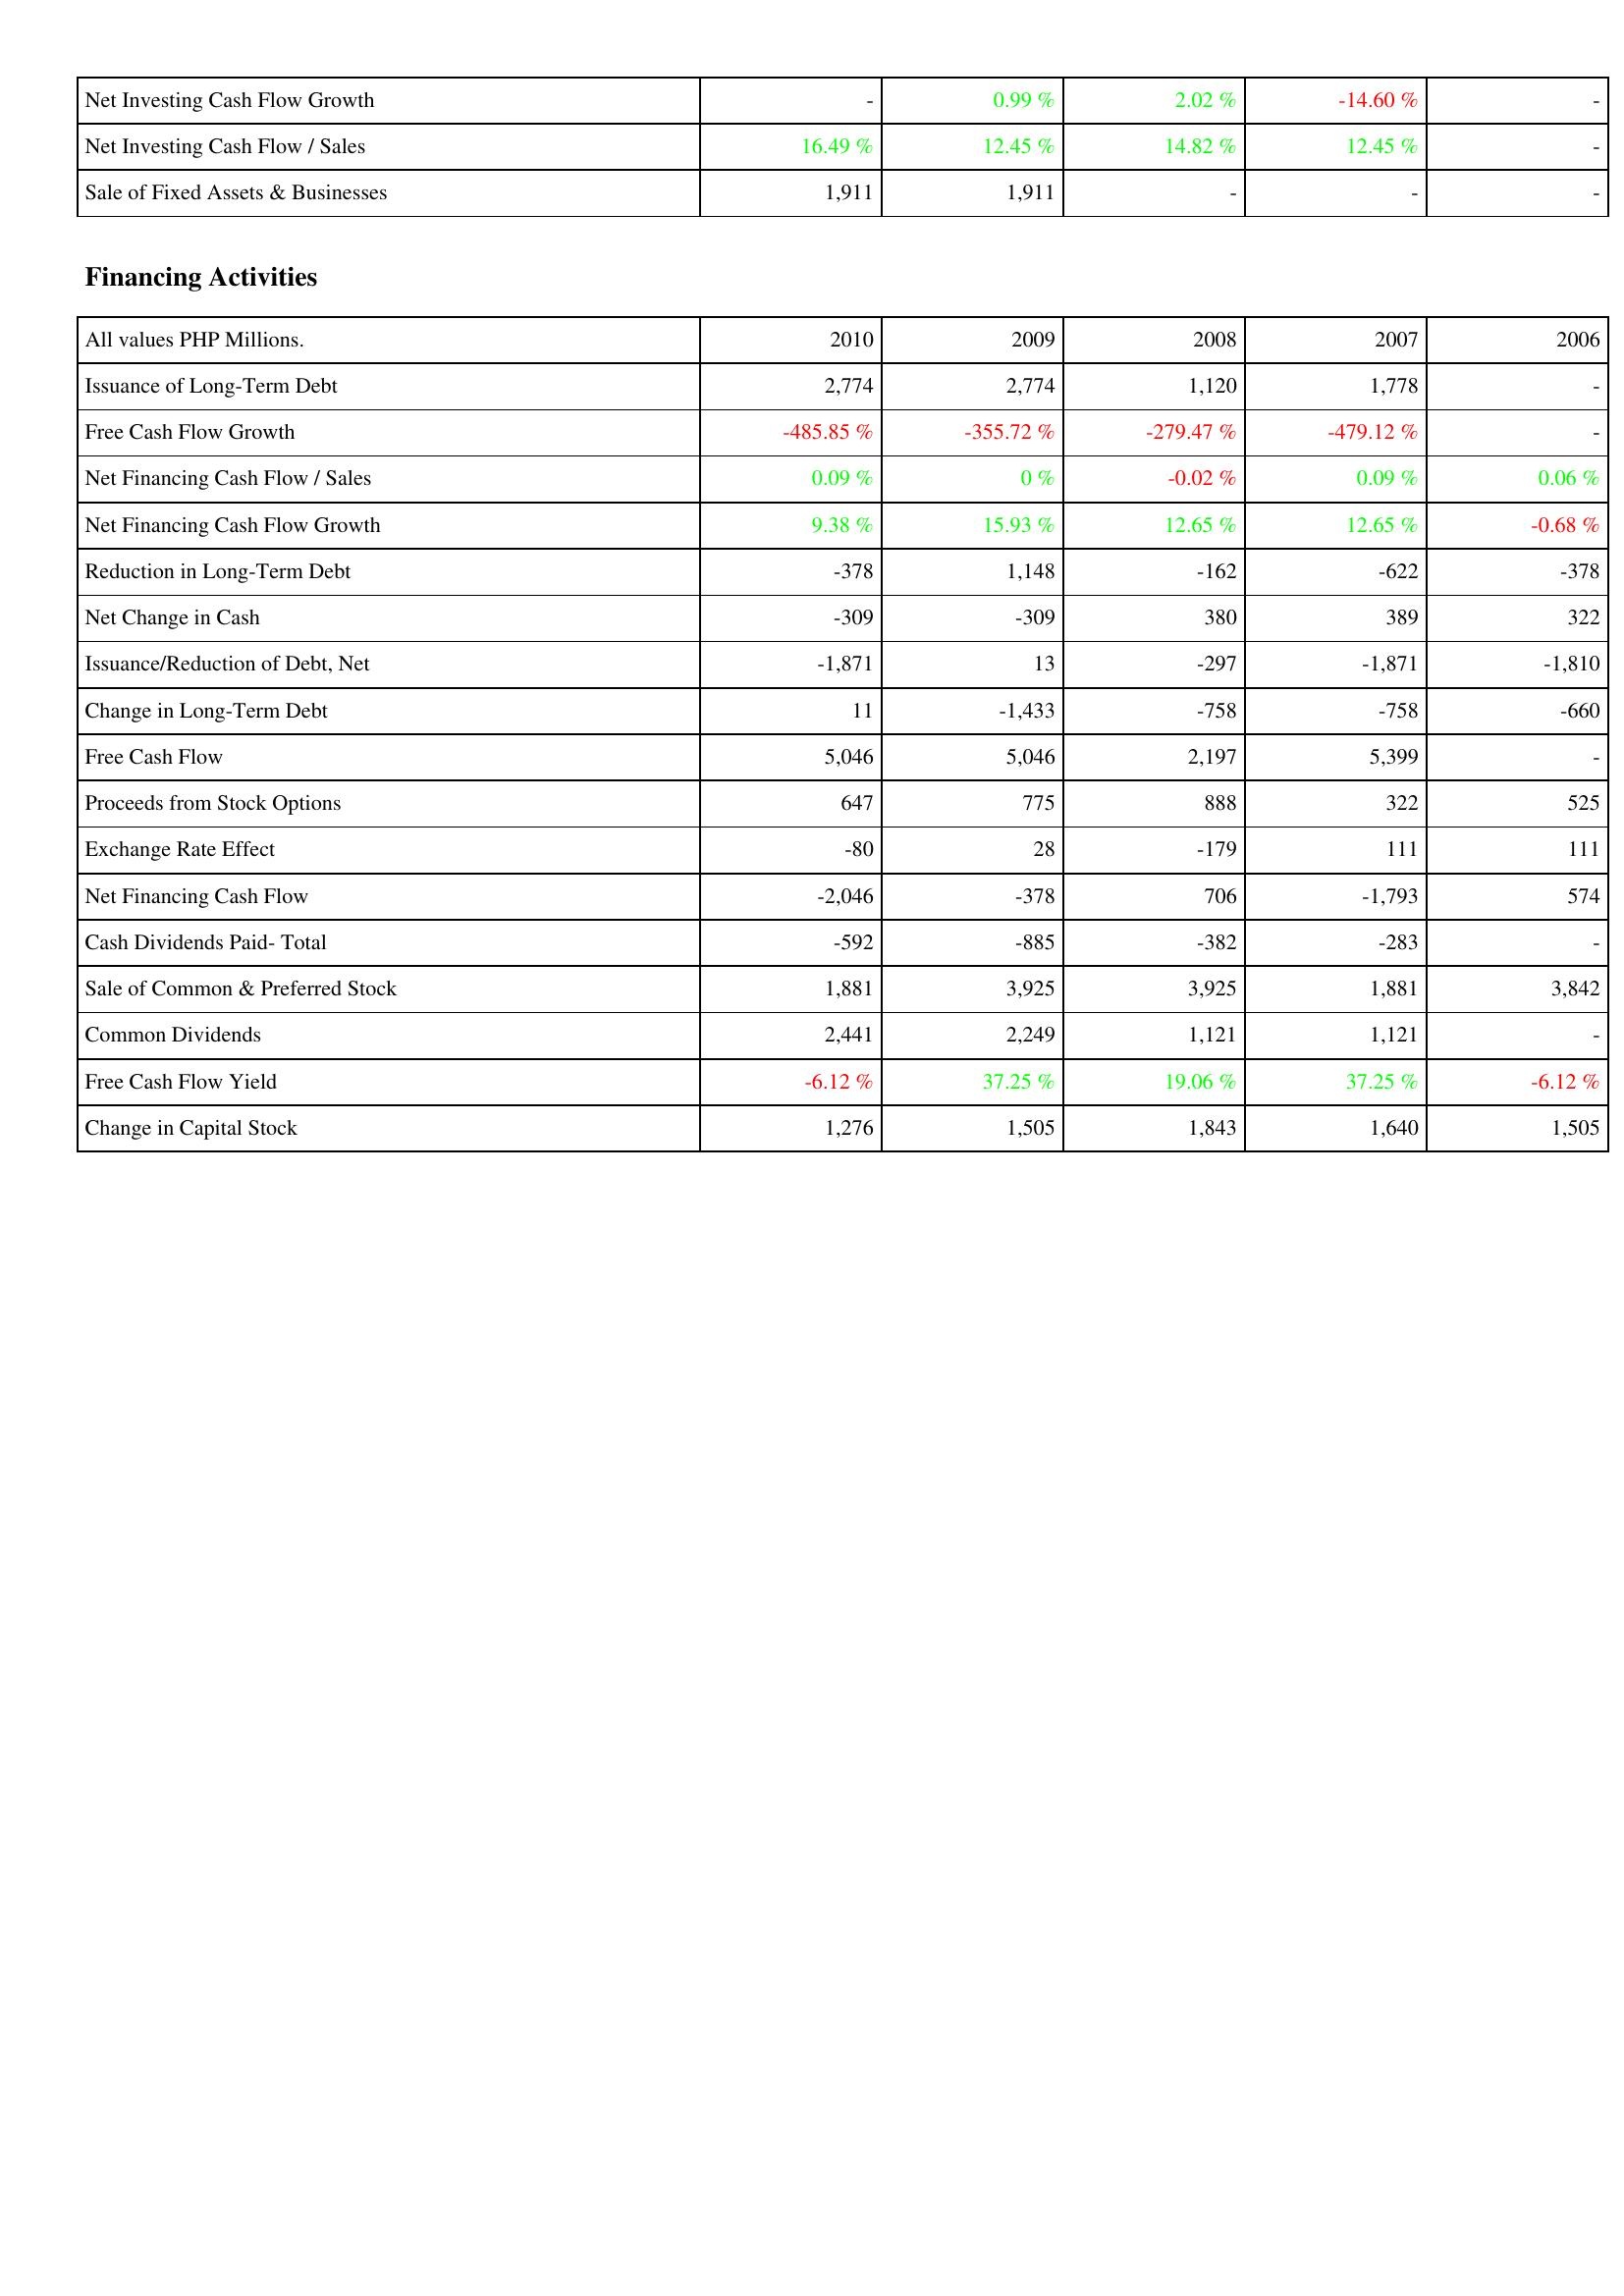
2010: Investing Activities: Net Investing Cash Flow Growth: -
Net Investing Cash Flow / Sales: 16.49 %
Sale of Fixed Assets & Businesses: 1,911
Financing Activities: Issuance of Long-Term Debt: 2,774
Free Cash Flow Growth: -485.85 %
Net Financing Cash Flow / Sales: 0.09 %
Net Financing Cash Flow Growth: 9.38 %
Reduction in Long-Term Debt: -378
Net Change in Cash: -309
Issuance/Reduction of Debt, Net: -1,871
Change in Long-Term Debt: 11
Free Cash Flow: 5,046
Proceeds from Stock Options: 647
Exchange Rate Effect: -80
Net Financing Cash Flow: -2,046
Cash Dividends Paid- Total: -592
Sale of Common & Preferred Stock: 1,881
Common Dividends: 2,441
Free Cash Flow Yield: -6.12 %
Change in Capital Stock: 1,276
2009: Investing Activities: Net Investing Cash Flow Growth: 0.99 %
Net Investing Cash Flow / Sales: 12.45 %
Sale of Fixed Assets & Businesses: 1,911
Financing Activities: Issuance of Long-Term Debt: 2,774
Free Cash Flow Growth: -355.72 %
Net Financing Cash Flow / Sales: 0 %
Net Financing Cash Flow Growth: 15.93 %
Reduction in Long-Term Debt: 1,148
Net Change in Cash: -309
Issuance/Reduction of Debt, Net: 13
Change in Long-Term Debt: -1,433
Free Cash Flow: 5,046
Proceeds from Stock Options: 775
Exchange Rate Effect: 28
Net Financing Cash Flow: -378
Cash Dividends Paid- Total: -885
Sale of Common & Preferred Stock: 3,925
Common Dividends: 2,249
Free Cash Flow Yield: 37.25 %
Change in Capital Stock: 1,505
2008: Investing Activities: Net Investing Cash Flow Growth: 2.02 %
Net Investing Cash Flow / Sales: 14.82 %
Sale of Fixed Assets & Businesses: -
Financing Activities: Issuance of Long-Term Debt: 1,120
Free Cash Flow Growth: -279.47 %
Net Financing Cash Flow / Sales: -0.02 %
Net Financing Cash Flow Growth: 12.65 %
Reduction in Long-Term Debt: -162
Net Change in Cash: 380
Issuance/Reduction of Debt, Net: -297
Change in Long-Term Debt: -758
Free Cash Flow: 2,197
Proceeds from Stock Options: 888
Exchange Rate Effect: -179
Net Financing Cash Flow: 706
Cash Dividends Paid- Total: -382
Sale of Common & Preferred Stock: 3,925
Common Dividends: 1,121
Free Cash Flow Yield: 19.06 %
Change in Capital Stock: 1,843
2007: Investing Activities: Net Investing Cash Flow Growth: -14.60 %
Net Investing Cash Flow / Sales: 12.45 %
Sale of Fixed Assets & Businesses: -
Financing Activities: Issuance of Long-Term Debt: 1,778
Free Cash Flow Growth: -479.12 %
Net Financing Cash Flow / Sales: 0.09 %
Net Financing Cash Flow Growth: 12.65 %
Reduction in Long-Term Debt: -622
Net Change in Cash: 389
Issuance/Reduction of Debt, Net: -1,871
Change in Long-Term Debt: -758
Free Cash Flow: 5,399
Proceeds from Stock Options: 322
Exchange Rate Effect: 111
Net Financing Cash Flow: -1,793
Cash Dividends Paid- Total: -283
Sale of Common & Preferred Stock: 1,881
Common Dividends: 1,121
Free Cash Flow Yield: 37.25 %
Change in Capital Stock: 1,640
2006: Investing Activities: Net Investing Cash Flow Growth: -
Net Investing Cash Flow / Sales: -
Sale of Fixed Assets & Businesses: -
Financing Activities: Issuance of Long-Term Debt: -
Free Cash Flow Growth: -
Net Financing Cash Flow / Sales: 0.06 %
Net Financing Cash Flow Growth: -0.68 %
Reduction in Long-Term Debt: -378
Net Change in Cash: 322
Issuance/Reduction of Debt, Net: -1,810
Change in Long-Term Debt: -660
Free Cash Flow: -
Proceeds from Stock Options: 525
Exchange Rate Effect: 111
Net Financing Cash Flow: 574
Cash Dividends Paid- Total: -
Sale of Common & Preferred Stock: 3,842
Common Dividends: -
Free Cash Flow Yield: -6.12 %
Change in Capital Stock: 1,505